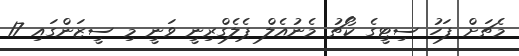
މެޗަށް ފަހު ސިޓީގެ ކޯޗު މެނުއެލް ޕެލެގްރިނީ ވަނީ މި ސީޒަންގައި 17